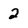
Character: 2